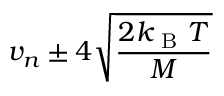
v _ { n } \pm 4 \sqrt { \frac { 2 k _ { \mathrm { ~ B ~ } } T } { M } }